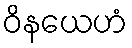
ဝိနယေဟံ